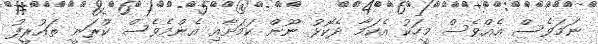
ނަމަވެސް އެއްވެސް މީހަކު އެކަމާ ދެކޮޅު ނޫން ކަމަށާއި އެންމެވެސް ކުރަނީ ތައުރީފު